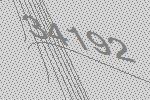
34192